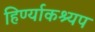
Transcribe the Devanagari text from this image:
हिर्ण्याकश्यप